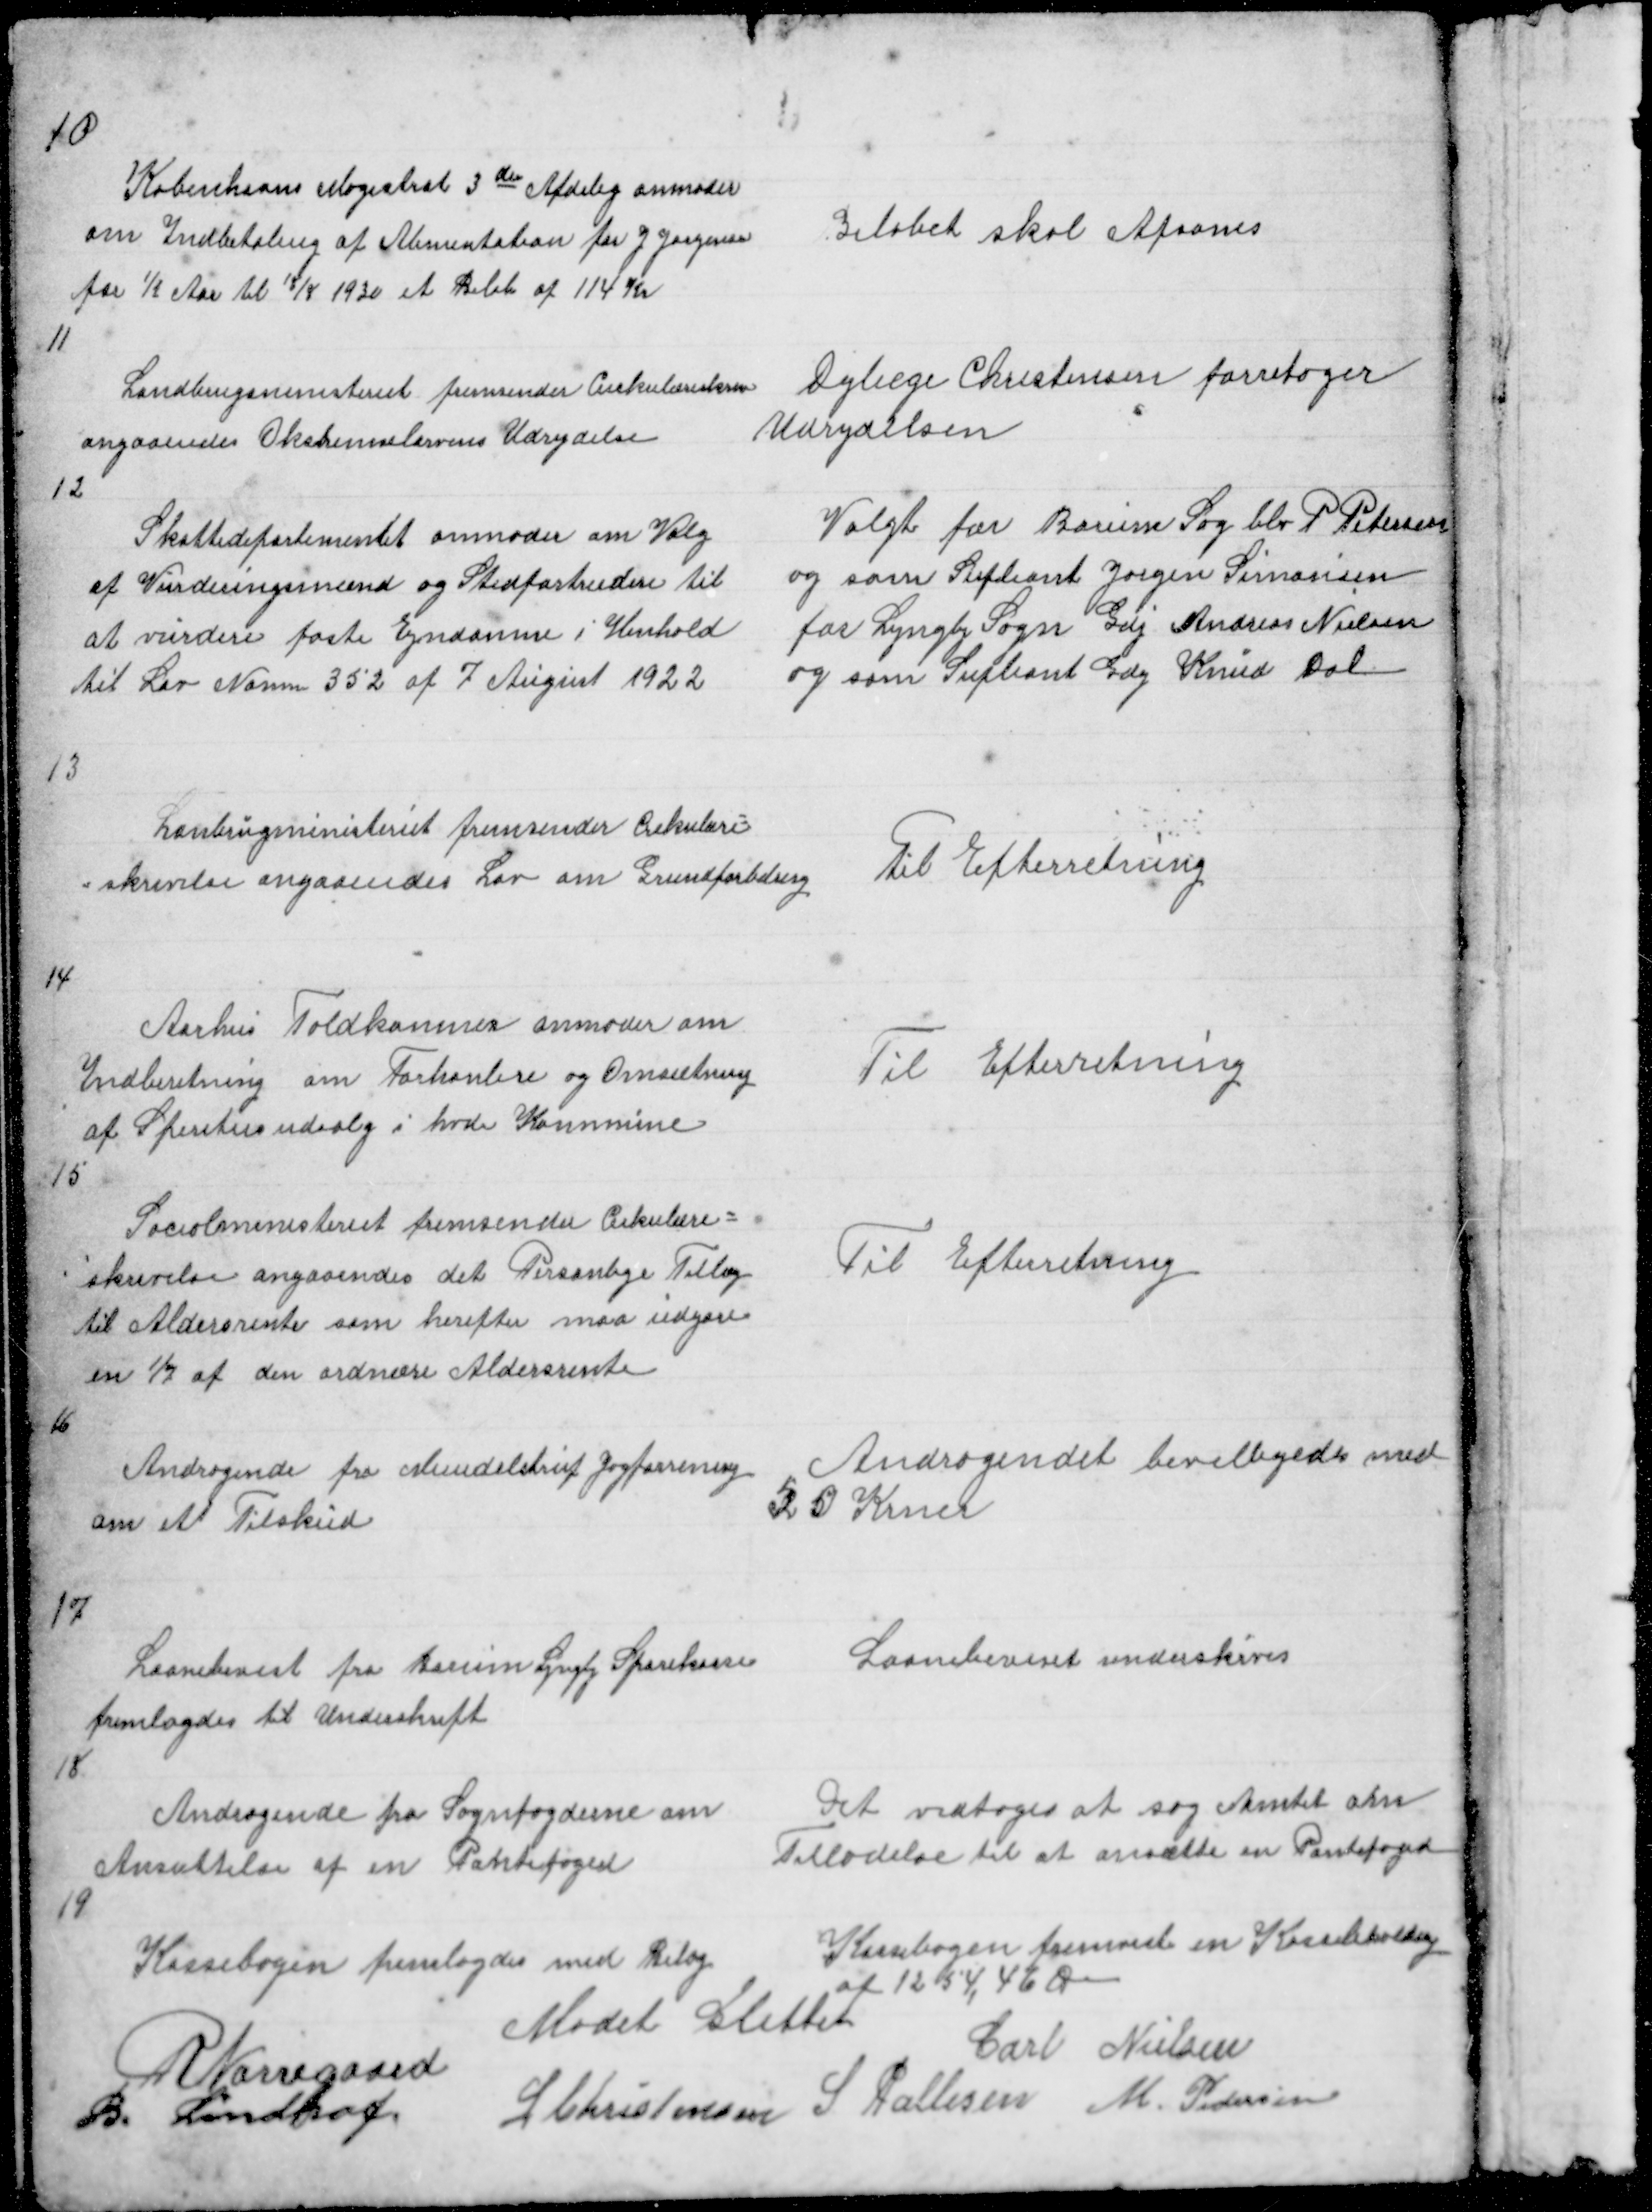
Transskription:
10

Københavns Magistrats 3die Afdelig anmoder
om Indbetaling af Alimentation for J Jørgensen
for ½ Aar til 18/8 1930 et Beløb af 114 Kr

Beløbet skal Afsones

11

Landbrugsministeriet fremsender Cirkulæreskriv
angaaendes Oksbremselarvens Udrydelse
12

Dylæge Christensen forretager
Udrydelsen

Skattedepartementet anmoder om Valg
af Vurderingsmænd og Stedfortrædere til
at vurdere faste Ejndomme i Henhold
til Lov Nomm 352 af 7 August 1922

Valgt for Borum Sog blev P Petersen
og som Supleant Jørgen Simonsen
for Lyngby Sogn Gdj Andreas Nielsen
og som Supleant Gdej Knud Dal

13

Landbrugsministeriet fremsender Cirkulære =
= skrivelse angaaendes Lov om Grundforbedring

Til Efterretning

14

Aarhus Toldlkammer anmoder om
Indberetning om Forhanlere og Omsætning
af Spiritusudsalg i hvde Kommune

Til Efterretning

15

Socialministeriet fremsender Cirkulære =
skrivelse angaaendes det Personlige Tillæg
til Aldersrente som herefter maa udgøre
en 1/7 af den ordnære Aldersrente

Til Efterretning

16

Andragende fra Mundelstrup Jagtforrening
om et Tilskud

Andragendet bevilligedes med
50 Krner

17

Laanebevist fra Borum Lyngby Sparekasse
fremlagdes til Underskrift
18

Laanebeviset underskives

Andragende fra Sognfogederne om
Ansættelse af en Pantefoged
19

Det vedtoges at søg Amtet om
Tilladelse til at ansætte en Pantefoged

Kassebogen fremlagdes med Bilag
Kassebogen fremviste en Kassbeholdnig
af 1254,46 Øre
Mødet Sluttet
R Nørregaard
Carl Nielsen
B. Lindhof
L Christensen S Pallesen M Pedersen